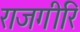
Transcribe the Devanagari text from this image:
राजगीरि